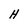
Character: H